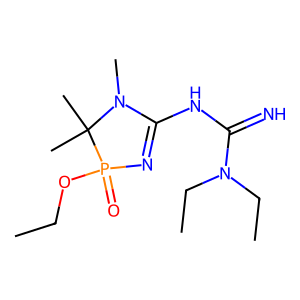
SMILES: CCOP1(=O)N=C(NC(=N)N(CC)CC)N(C)C1(C)C
Inhibits HIV replication: No